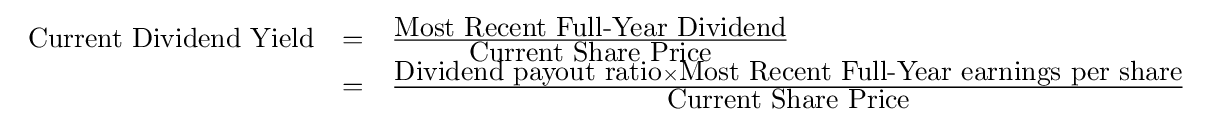
{\begin{array}{lcl}{\mbox{Current Dividend Yield}}&=&{\frac {\mbox{Most Recent Full-Year Dividend}}{\mbox{Current Share Price}}}\\&=&{\frac {{\mbox{Dividend payout ratio}}\times {\mbox{Most Recent Full-Year earnings per share}}}{\mbox{Current Share Price}}}\\\end{array}}